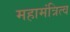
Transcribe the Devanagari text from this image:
महामंत्रित्व